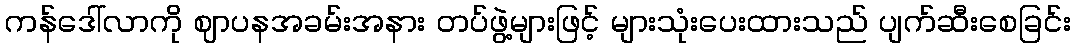
ကန်ဒေါ်လာကို ဈာပနအခမ်းအနား တပ်ဖွဲ့များဖြင့် များသုံးပေးထားသည် ပျက်ဆီးစေခြင်း